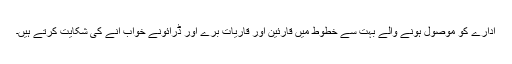
ادارے کو موصول ہونے والے بہت سے خطوط میں قارئین اور قاریات برے اور ڈرائونے خواب آنے کی شکایت کرتے ہیں۔